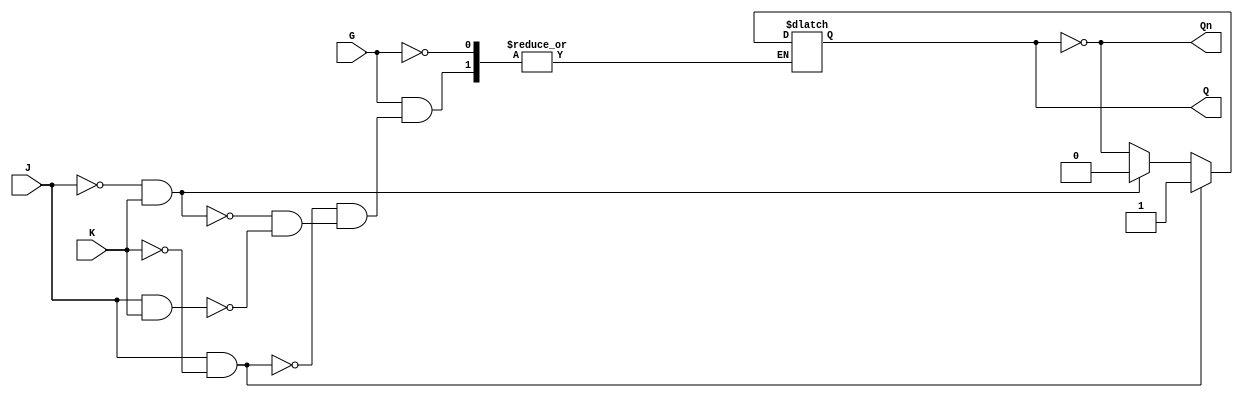
module GatedJKLatch (
    input wire J,    // Set input
    input wire K,    // Reset input
    input wire G,    // Gate input
    output reg Q,    // Current state of the latch
    output wire Qn   // Complement of Q
);

    assign Qn = ~Q;  // Q' = NOT Q

    always @(*) begin
        if (G) begin
            if (J && !K) begin
                Q <= 1'b1;  // Set Q to 1
            end else if (!J && K) begin
                Q <= 1'b0;  // Reset Q to 0
            end else if (J && K) begin
                Q <= ~Q;    // Toggle Q
            end
            // If J = 0 and K = 0, Q remains unchanged
        end
        // If G is low, Q retains its previous state
    end

endmodule